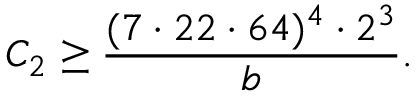
C _ { 2 } \geq \frac { ( 7 \cdot 2 2 \cdot 6 4 ) ^ { 4 } \cdot 2 ^ { 3 } } { b } .